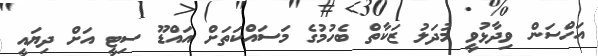
އަހްސަން ވިދާޅުވީ މުދަލު ޒަކާތް ބެހުމުގެ މަސައްކަތަށް އައްޑޫ ސިޓީ އަށް ދިޔައީ